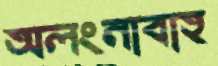
অলংনাবাহ